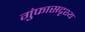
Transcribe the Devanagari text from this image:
गुंफासदृश्य